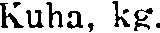
Kuha, kg.